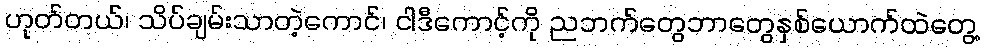
ဟုတ်တယ်၊ သိပ်ချမ်းသာတဲ့ကောင်၊ ငါဒီကောင့်ကို ညဘက်တွေဘာတွေနှစ်ယောက်ထဲတွေ့